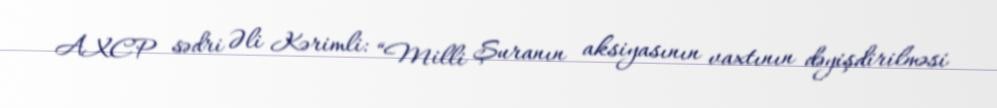
AXCP sədri Əli Kərimli: “Milli Şuranın aksiyasının vaxtının dəyişdirilməsi